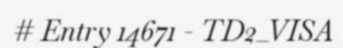
# Entry 14671 - TD2_VISA